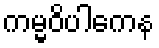
ကမ္မဝိပါကေန